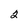
Character: 2